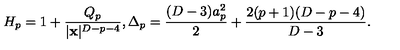
H _ { p } = 1 + { \frac { Q _ { p } } { | { \bf x } | ^ { D - p - 4 } } } , \Delta _ { p } = { \frac { ( D - 3 ) a _ { p } ^ { 2 } } { 2 } } + { \frac { 2 ( p + 1 ) ( D - p - 4 ) } { D - 3 } } .